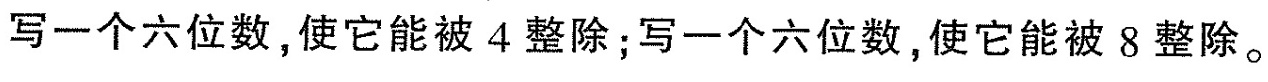
写一个六位数，使它能被4整除；写一个六位数，使它能被8整除。